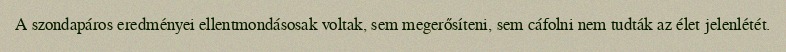
A szondapáros eredményei ellentmondásosak voltak, sem megerősíteni, sem cáfolni nem tudták az élet jelenlétét.